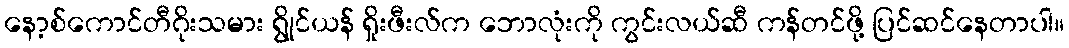
နော့စ်ကောင်တီဂိုးသမား ရွိုင်ယန် ရှိုးဖီးလ်က ဘောလုံးကို ကွင်းလယ်ဆီ ကန်တင်ဖို့ ပြင်ဆင်နေတာပါ။